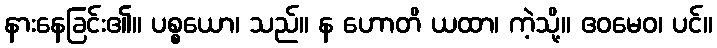
နားနေခြင်း၏။ ပစ္စယော၊ သည်။ န ဟောတိ ယထာ၊ ကဲ့သို့။ ဧဝမေဝ၊ ပင်။